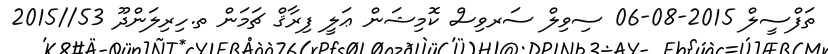
ތަފްސީލް 2015-08-06 ސިވިލް ސަރވިސް ކޮމިޝަން ޢަލީ ފިރާޤް ޗަމަން ތ.ހިރިލަންދޫ 53//2015